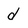
Character: d